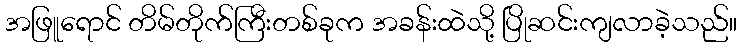
အဖြူရောင် တိမ်တိုက်ကြီးတစ်ခုက အခန်းထဲသို့ ပြိုဆင်းကျလာခဲ့သည်။